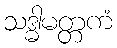
သဒ္ဓါမတ္တကံ